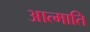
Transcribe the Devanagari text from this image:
आत्माति